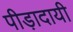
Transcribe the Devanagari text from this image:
पीड़ादायी